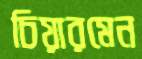
চিয়ারমেন